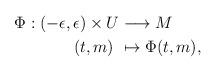
LaTeX: \begin{align*}\Phi:(-\epsilon,\epsilon)\times U&\longrightarrow M\\(t,m)\ &\mapsto \Phi(t,m),\end{align*}